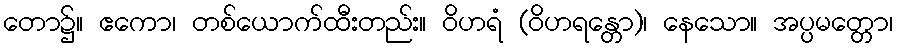
တော၌။ ဧကော၊ တစ်ယောက်ထီးတည်း။ ဝိဟရံ (ဝိဟရန္တော)၊ နေသော။ အပ္ပမတ္တော၊